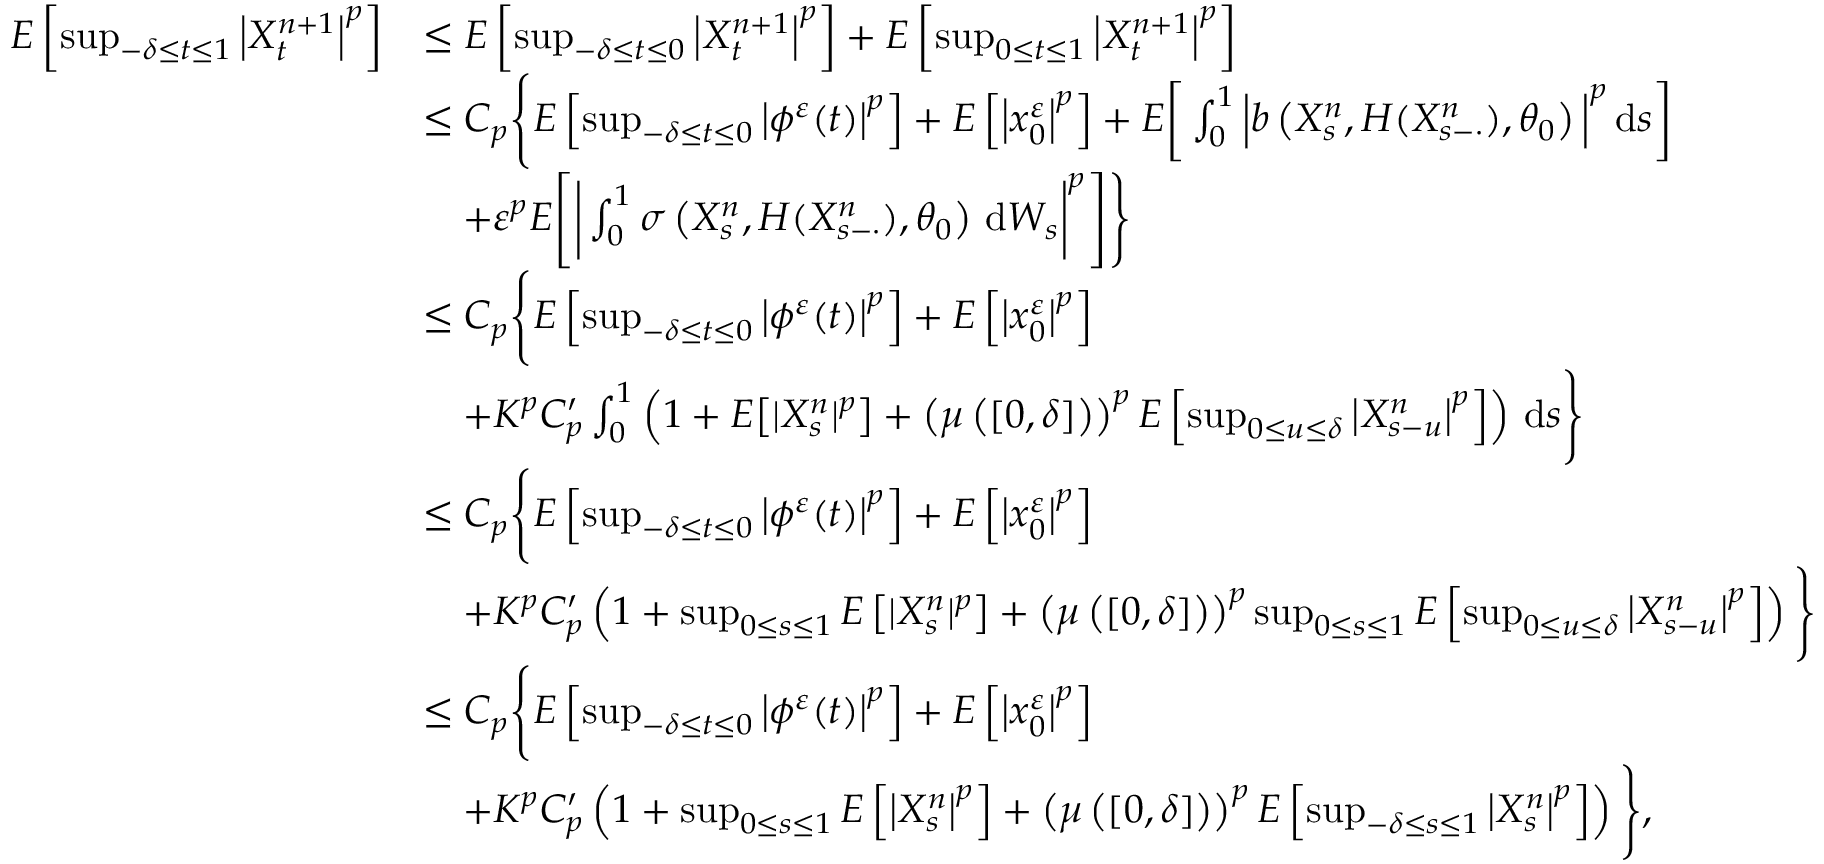
\begin{array} { r l } { E \left[ \operatorname* { s u p } _ { - \delta \leq t \leq 1 } \left| X _ { t } ^ { n + 1 } \right| ^ { p } \right] } & { \leq E \left[ \operatorname* { s u p } _ { - \delta \leq t \leq 0 } \left| X _ { t } ^ { n + 1 } \right| ^ { p } \right] + E \left[ \operatorname* { s u p } _ { 0 \leq t \leq 1 } \left| X _ { t } ^ { n + 1 } \right| ^ { p } \right] } \\ & { \leq C _ { p } \Bigg \{ E \left[ \operatorname* { s u p } _ { - \delta \leq t \leq 0 } \left| \phi ^ { \varepsilon } ( t ) \right| ^ { p } \right] + E \left[ \left| x _ { 0 } ^ { \varepsilon } \right| ^ { p } \right] + E \bigg [ \int _ { 0 } ^ { 1 } \Big | b \left( X _ { s } ^ { n } , H ( X _ { s - \cdot } ^ { n } ) , \theta _ { 0 } \right) \Big | ^ { p } \, \mathrm { d } s \bigg ] } \\ & { \quad + \varepsilon ^ { p } E \Bigg [ \bigg | \int _ { 0 } ^ { 1 } \sigma \left( X _ { s } ^ { n } , H ( X _ { s - \cdot } ^ { n } ) , \theta _ { 0 } \right) \, \mathrm { d } W _ { s } \bigg | ^ { p } \Bigg ] \Bigg \} } \\ & { \leq C _ { p } \Bigg \{ E \left[ \operatorname* { s u p } _ { - \delta \leq t \leq 0 } \left| \phi ^ { \varepsilon } ( t ) \right| ^ { p } \right] + E \left[ \big | x _ { 0 } ^ { \varepsilon } \big | ^ { p } \right] } \\ & { \quad + K ^ { p } C _ { p } ^ { \prime } \int _ { 0 } ^ { 1 } \left( 1 + E \big [ | X _ { s } ^ { n } | ^ { p } \big ] + \left( \mu \left( \left[ 0 , \delta \right] \right) \right) ^ { p } E \left[ \operatorname* { s u p } _ { 0 \leq u \leq \delta } \left| X _ { s - u } ^ { n } \right| ^ { p } \right] \right) \, \mathrm { d } s \Bigg \} } \\ & { \leq C _ { p } \Bigg \{ E \left[ \operatorname* { s u p } _ { - \delta \leq t \leq 0 } \left| \phi ^ { \varepsilon } ( t ) \right| ^ { p } \right] + E \left[ \big | x _ { 0 } ^ { \varepsilon } \big | ^ { p } \right] } \\ & { \quad + K ^ { p } C _ { p } ^ { \prime } \left( 1 + \operatorname* { s u p } _ { 0 \leq s \leq 1 } E \left[ | X _ { s } ^ { n } | ^ { p } \right] + \left( \mu \left( \left[ 0 , \delta \right] \right) \right) ^ { p } \operatorname* { s u p } _ { 0 \leq s \leq 1 } E \left[ \operatorname* { s u p } _ { 0 \leq u \leq \delta } \left| X _ { s - u } ^ { n } \right| ^ { p } \right] \right) \Bigg \} } \\ & { \leq C _ { p } \Bigg \{ E \left[ \operatorname* { s u p } _ { - \delta \leq t \leq 0 } \left| \phi ^ { \varepsilon } ( t ) \right| ^ { p } \right] + E \left[ \big | x _ { 0 } ^ { \varepsilon } \big | ^ { p } \right] } \\ & { \quad + K ^ { p } C _ { p } ^ { \prime } \left( 1 + \operatorname* { s u p } _ { 0 \leq s \leq 1 } E \left[ \left| X _ { s } ^ { n } \right| ^ { p } \right] + \left( \mu \left( \left[ 0 , \delta \right] \right) \right) ^ { p } E \left[ \operatorname* { s u p } _ { - \delta \leq s \leq 1 } \left| X _ { s } ^ { n } \right| ^ { p } \right] \right) \Bigg \} , } \end{array}